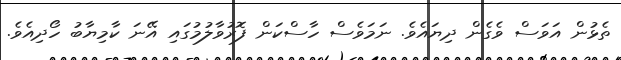
ތެޅުން އަވަސް ވެގެން ދިޔައެވެ. ނަމަވެސް ހާސްކަން ފޮރުވާލުމުގައި އޭނަ ކާމިޔާބު ހޯދިއެވެ.